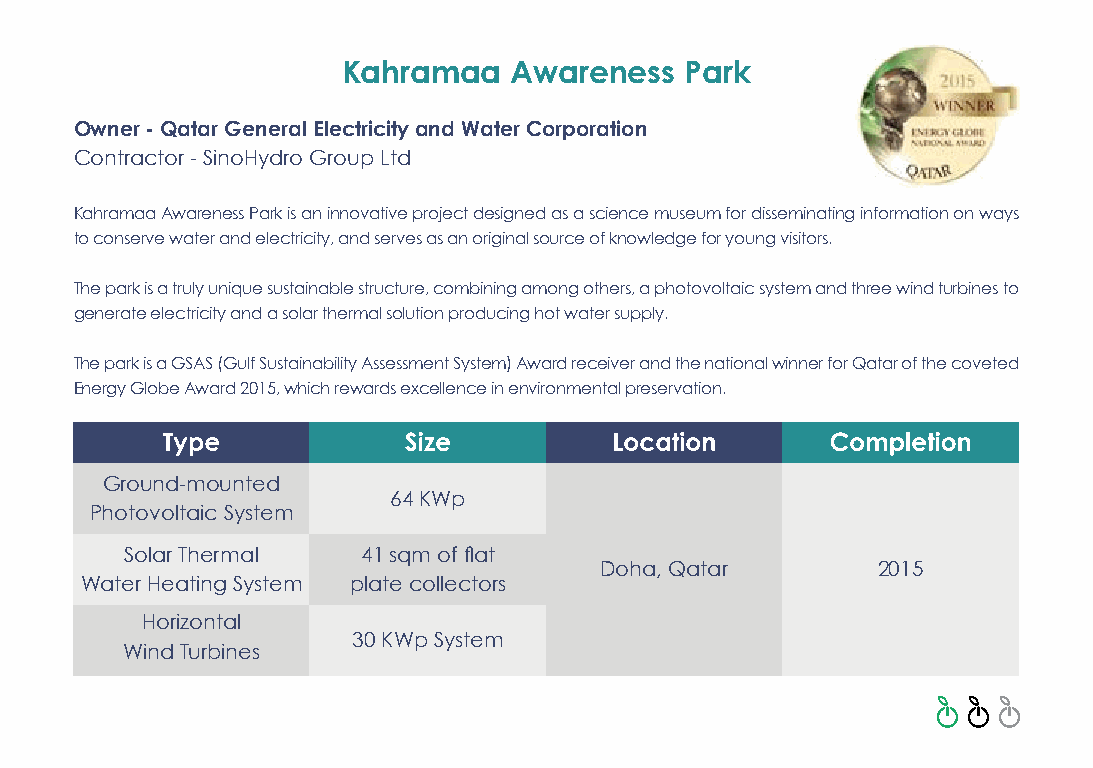
Kahramaa   Awareness  Park
 Owner - Qatar General Electricity and Water Corporation
 Contractor - SinoHydro Group Ltd
 Kahramaa Awareness Park is an innovative project designed as a science museum for disseminating information on ways
 to conserve water and electricity, and serves as an original source of knowledge for young visitors.
 The park is a truly unique sustainable structure, combining among others, a photovoltaic system and three wind turbines to
 generate electricity and a solar thermal solution producing hot water supply.
 The park is a GSAS (Gulf Sustainability Assessment System) Award receiver and the national winner for Qatar of the coveted
 Energy Globe Award 2015, which rewards excellence in environmental preservation.
 Ground-mounted
 64 KWp
 Photovoltaic System
 Solar Thermal   41 sqm of flat
 Doha, Qatar       2015
 Water Heating System plate collectors
 Horizontal
 30 KWp System
 Wind Turbines